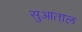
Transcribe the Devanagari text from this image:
सुआताल